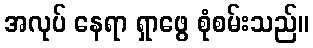
အလုပ် နေရာ ရှာဖွေ စုံစမ်းသည်။